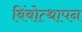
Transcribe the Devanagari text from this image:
बिंबोत्थापन